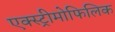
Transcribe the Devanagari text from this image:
एक्स्ट्रीमोफिलिक